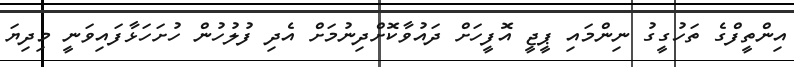
އިންތީފްގެ ތަހުގީގު ނިންމައި ޕީޖީ އޮފީހަށް ދައުވާކޮށްދިނުމަށް އެދި ފުލުހުން ހުށަހަޅާފައިވަނީ މިދިޔަ